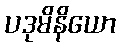
ပဒုမိနိယော